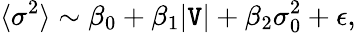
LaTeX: \langle{\sigma^{2}}\rangle\sim\beta_{0}+\beta_{1}|\mathtt{V}|+\beta_{2}\sigma_{0}^{2}+\epsilon,